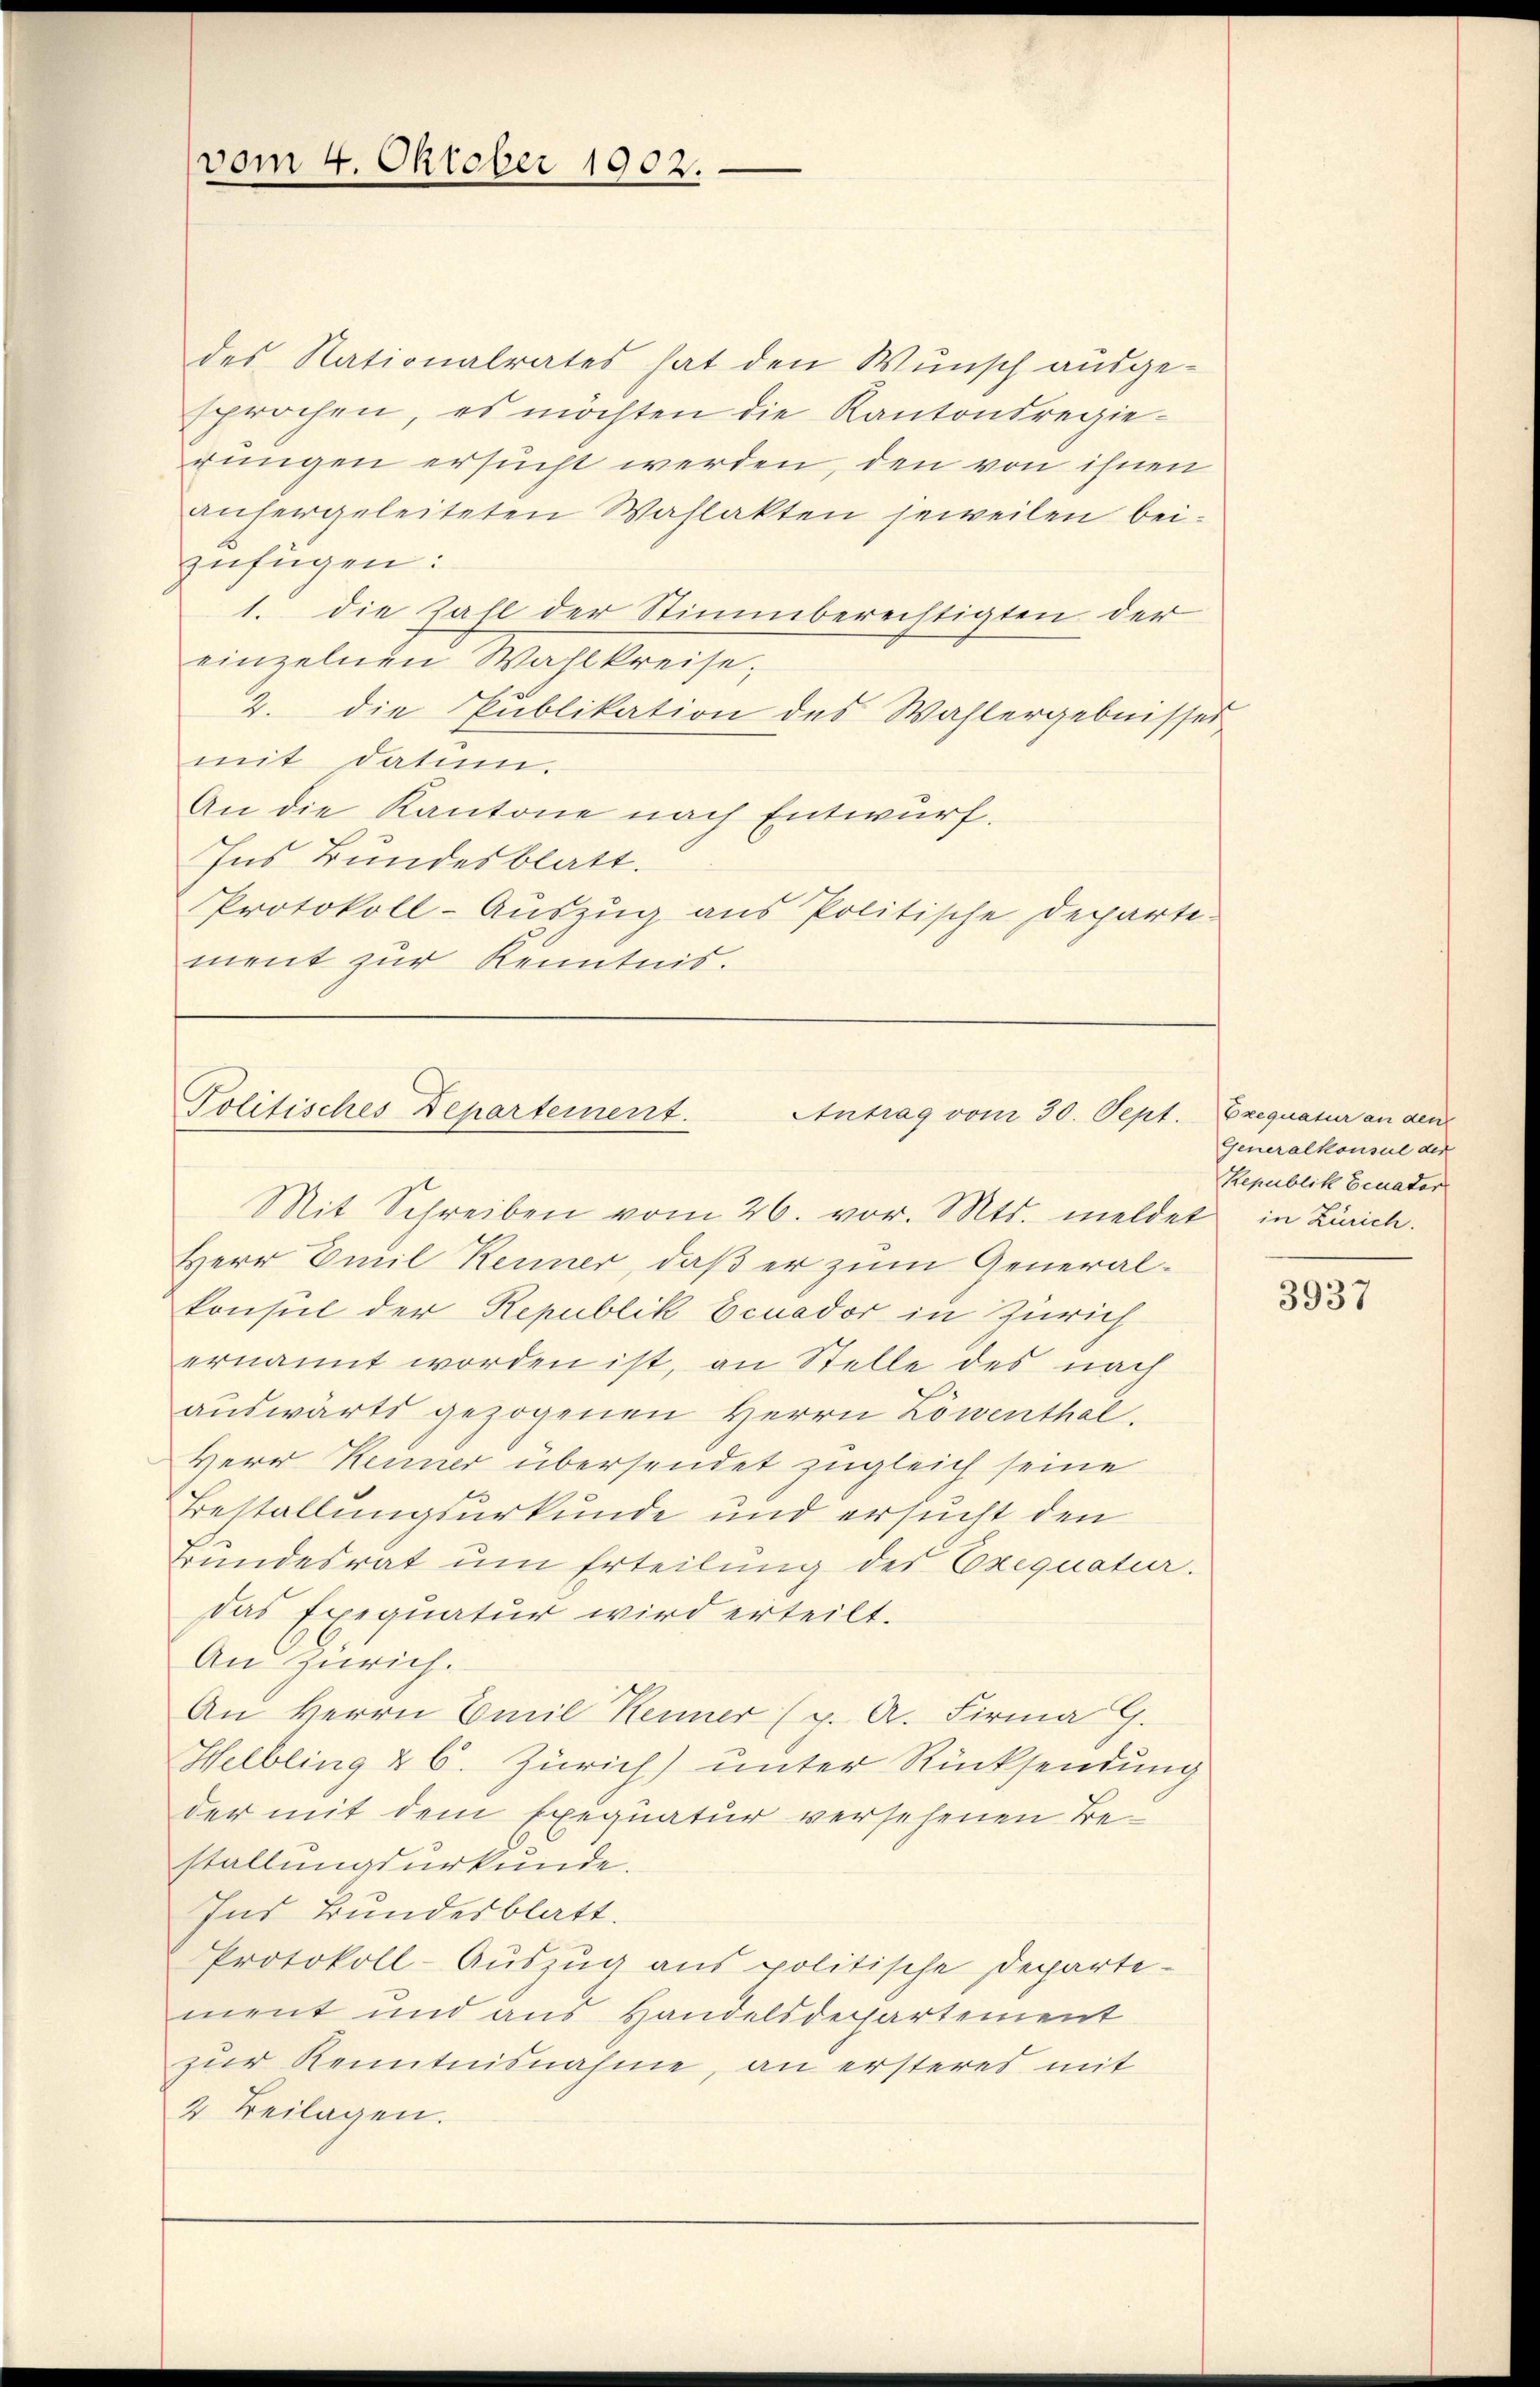
vom 4. Oktober 1902.

des Nationalrates hat den Wunsch ausgesprochen, es möchten die Kantonsregierungen ersucht werden, den von ihnen
anhergeleiteten Wahlakten jeweilen beizufügen:
1. die Zahl der Stimmberechtigten der
einzelnen Wahlkreise,
2. die Publikation des Wahlergebnisser
mit datien.
An die Kantone nach Entwurf.
Ins Bundesblatt.
Protokoll-Aŭszŭg ans Politische Departe
ment zur Kenntnis.

Politisches Departement. Antrag vom 30. Sept. Exequatur an den

Mit Schreiben vom 26. vor. Mts. meldet in Zürich.
Herr Emil Kenner, daß er zum Generalkonsul der Republik Ecnador in Zürich
ernannt worden ist, an Stelle des nach
auswärts gezogenen Herrn Löwenthal.
Herr Kenner übersendet zugleich seine
Bestallungsurkunde und ersucht den
Bundesrat um Erteilung des Exequatur.
Das Exequatur wird erteilt.
An Zürich.
An Herrn Emil Kenner (p. A. Firma G.
Helbling & 6. Zürich) unter Rücksendung
der mit dem Exequatur versehenen Bestallungsurkunde.
Ins Bundesblatt.
Protokoll-Auszug aus politische Departement und aus Handelsdepartement
zur Kenntnisnahme, an ersteres mit
2. Beilagen.

Generalkonsul der
Republik Ecuator

3937